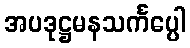
အပဒုဋ္ဌမနသင်္ကပ္ပေါ